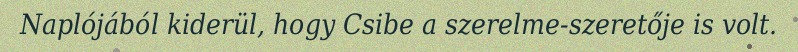
Naplójából kiderül, hogy Csibe a szerelme-szeretője is volt.